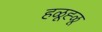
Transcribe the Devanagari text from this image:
हळूह्ळू